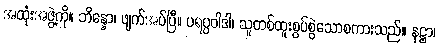
အထုံးအဖွဲ့ကို။ ဘိန္နော၊ ဖျက်အပ်ပြီ။ ပရပ္ပဝါဒါ၊ သူတစ်ထူးစွပ်စွဲသောစကားသည်။ နဋ္ဌာ၊